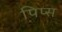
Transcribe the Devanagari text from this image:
पिप्स